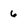
Character: 6